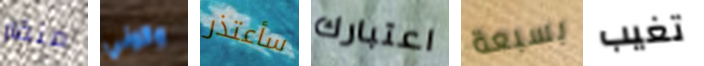
منقار وكوني سأعتذر اعتبارك بسبعة تغيب